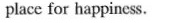
place for happiness.